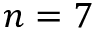
n = 7